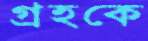
গ্রহকে